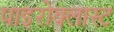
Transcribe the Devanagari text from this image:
पाइरोक्लास्ट